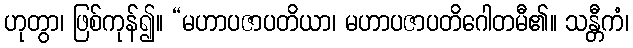
ဟုတွာ၊ ဖြစ်ကုန်၍။ “မဟာပဇာပတိယာ၊ မဟာပဇာပတိဂေါတမီ၏။ သန္တီကံ၊